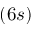
( 6 s )